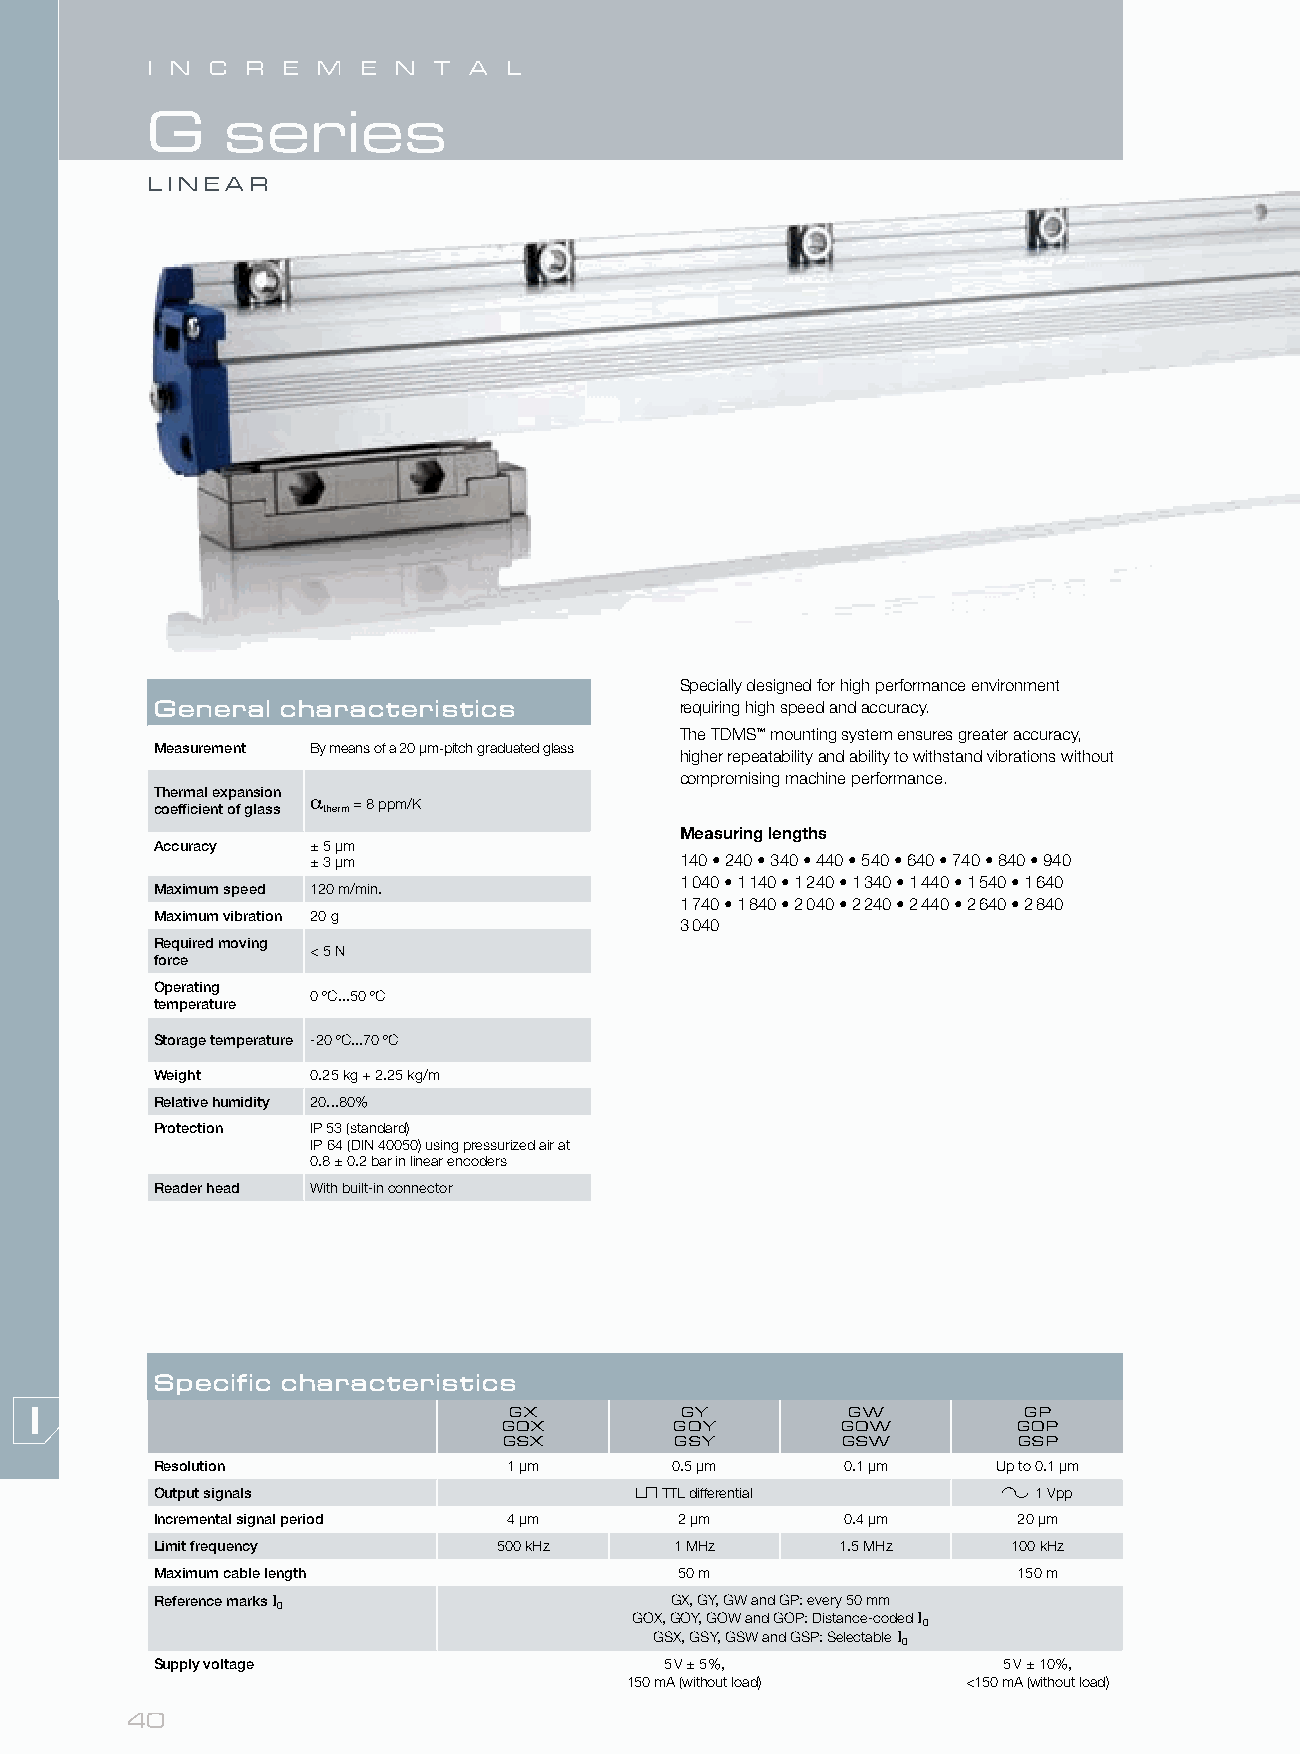
I N C R  E M  E N  T A  L
 G    series
 LINEAR
 Specially designed for high performance environment
 General  characteristics           requiring high speed and accuracy.
 The TDMS™ mounting system ensures greater accuracy,
 Measurement By means of a 20 µm-pitch graduated glass
 higher repeatability and ability to withstand vibrations without
 compromising machine performance.
 Thermal expansion
 coefficient of glass α therm = 8 ppm/K
 Measuring lengths
 Accuracy   ± 5 μm
 ± 3 μm                  140 • 240 • 340 • 440 • 540 • 640 • 740 • 840 • 940
 1 040 • 1 140 • 1 240 • 1 340 • 1 440 • 1 540 • 1 640
 Maximum speed 120 m/min.
 1 740 • 1 840 • 2 040 • 2 240 • 2 440 • 2 640 • 2 840
 Maximum vibration 20 g
 3 040
 Required moving
 < 5 N
 force
 Operating
 0 ºC...50 ºC
 temperature
 Storage temperature -20 ºC...70 ºC
 Weight     0.25 kg + 2.25 kg/m
 Relative humidity 20...80%
 Protection IP 53 (standard)
 IP 64 (DIN 40050) using pressurized air at
 0.8 ± 0.2 bar in linear encoders
 Reader head With built-in connector
 Specific characteristics
 GX         GY         GW          GP
 GOX         GOY        GOW        GOP
 GSX         GSY        GSW        GSP
 Resolution              1 µm      0.5 µm      0.1 µm    Up to 0.1 µm
 Output signals                    TTL differential        1 Vpp
 Incremental signal period 4 µm     2 µm       0.4 µm     20 µm
 Limit frequency        500 kHz     1 MHz      1.5 MHz    100 kHz
 Maximum cable length               50 m                  150 m
 Reference marks I                 GX, GY, GW and GP: every 50 mm
 0
 GOX, GOY, GOW and GOP: Distance-coded I
 0
 GSX, GSY, GSW and GSP: Selectable I
 0
 Supply voltage                    5 V ± 5%,             5 V ± 10%,
 150 mA (without load)  <150 mA (without load)
 40